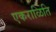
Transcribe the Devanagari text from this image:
एकराळिति